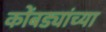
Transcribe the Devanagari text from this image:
कोंबड्यांच्या